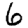
Digit: 6